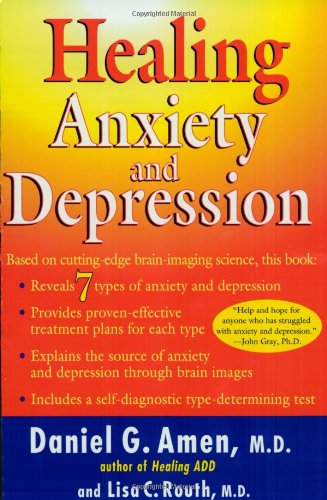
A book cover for Healing Anxiety and Depression; Daniel G. Amen; Health, Fitness & Dieting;